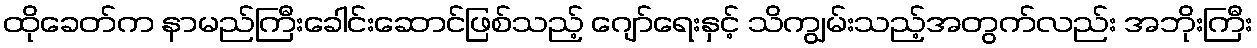
ထိုခေတ်က နာမည်ကြီးခေါင်းဆောင်ဖြစ်သည့် ဂျော်ရေးနှင့် သိကျွမ်းသည့်အတွက်လည်း အဘိုးကြီး